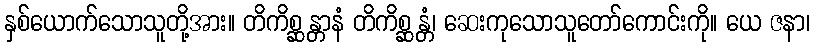
နှစ်ယောက်သောသူတို့အား။ တိကိစ္ဆန္တာနံ တိကိစ္ဆန္တံ၊ ဆေးကုသောသူတော်ကောင်းကို။ ယေ ဇနာ၊